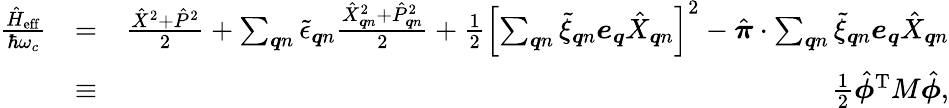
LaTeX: \begin{array}{rlr}{\frac{\hat{H}_{\mathrm{eff}}}{\hbar\omega_{c}}}&{=}&{\frac{\hat{X}^{2}+\hat{P}^{2}}{2}+\sum_{\boldsymbol{q}n}\tilde{\epsilon}_{\boldsymbol{q}n}\frac{\hat{X}_{\boldsymbol{q}n}^{2}+\hat{P}_{\boldsymbol{q}n}^{2}}{2}+\frac{1}{2}\left[\sum_{\boldsymbol{q}n}\tilde{\xi}_{\boldsymbol{q}n}\boldsymbol{e}_{\boldsymbol{q}}\hat{X}_{\boldsymbol{q}n}\right]^{2}-\hat{\boldsymbol{\pi}}\cdot\sum_{\boldsymbol{q}n}\tilde{\xi}_{\boldsymbol{q}n}\boldsymbol{e}_{\boldsymbol{q}}\hat{X}_{\boldsymbol{q}n}}\\ &{\equiv}&{\frac{1}{2}\hat{\boldsymbol{\phi}}^{\mathrm{T}}M\hat{\boldsymbol{\phi}},}\end{array}